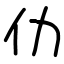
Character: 仂